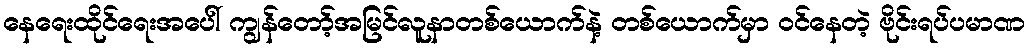
နေရေးထိုင်ရေးအပေါ် ကျွန်တော့်အမြင်လူနာတစ်ယောက်နဲ့ တစ်ယောက်မှာ ဝင်နေတဲ့ ဗိုင်းရပ်ပမာဏ